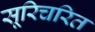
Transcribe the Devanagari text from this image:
सूरिचरित